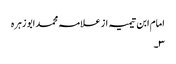
امام ابن تیمیہ از علامہ محمد ابو زہرہ
٣۔